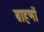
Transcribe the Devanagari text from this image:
ब्राहणों